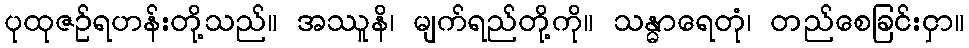
ပုထုဇဉ်ရဟန်းတို့သည်။ အဿူနိ၊ မျက်ရည်တို့ကို။ သန္ဓာရေတုံ၊ တည်စေခြင်းငှာ။